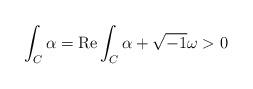
LaTeX: \begin{align*}\int_{C}\alpha = {\rm Re}\int_{C}\alpha+\sqrt{-1}\omega >0\end{align*}